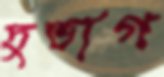
দুভাগ